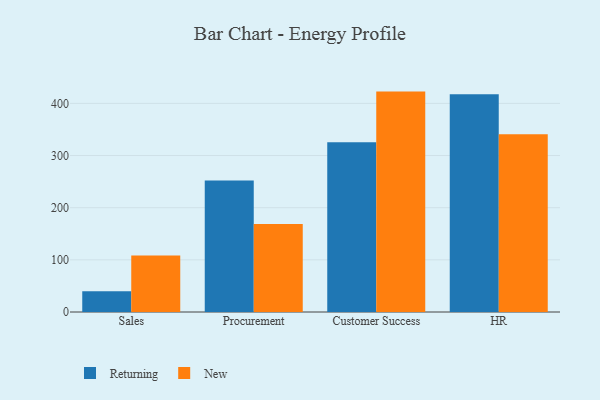
{"axis": {"x": "Department", "y": "LTV (USD)"}, "legend": ["New", "Returning"], "data": [{"x": "Sales", "y": 39.6, "type": "Returning"}, {"x": "Sales", "y": 108.5, "type": "New"}, {"x": "Procurement", "y": 252.1, "type": "Returning"}, {"x": "Procurement", "y": 168.6, "type": "New"}, {"x": "Customer Success", "y": 325.6, "type": "Returning"}, {"x": "Customer Success", "y": 422.6, "type": "New"}, {"x": "HR", "y": 417.4, "type": "Returning"}, {"x": "HR", "y": 341.0, "type": "New"}]}